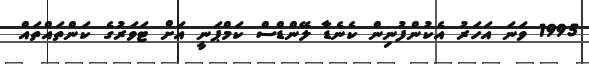
1995 ވަނަ އަހަރު އެކުންފުނިން ކެނެޑާ ލޭންޑްސް ކަމްޕަނީ އަށް ޓަވަރުގެ ކަންތައްތައް